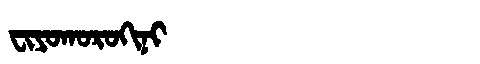
Manchu: ᠸᡳᠶᠣᡴᠣᡵᠣᡴᡳᠨᡳ
Romanization: FIYOKOROKINI